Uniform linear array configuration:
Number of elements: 12
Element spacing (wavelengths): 0.75
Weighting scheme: uniform
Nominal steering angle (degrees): -45
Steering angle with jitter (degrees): -44.53
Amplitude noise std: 0.05
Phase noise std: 0.05

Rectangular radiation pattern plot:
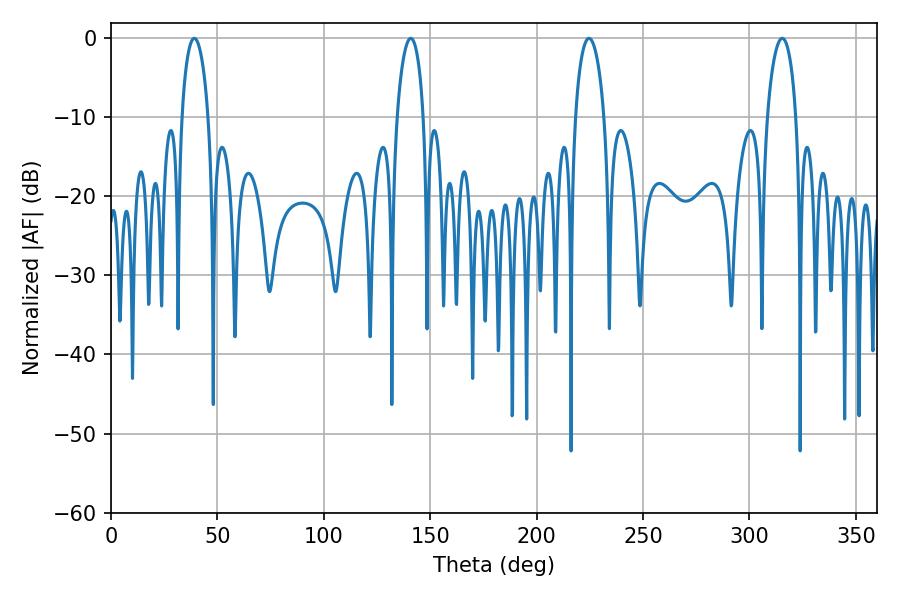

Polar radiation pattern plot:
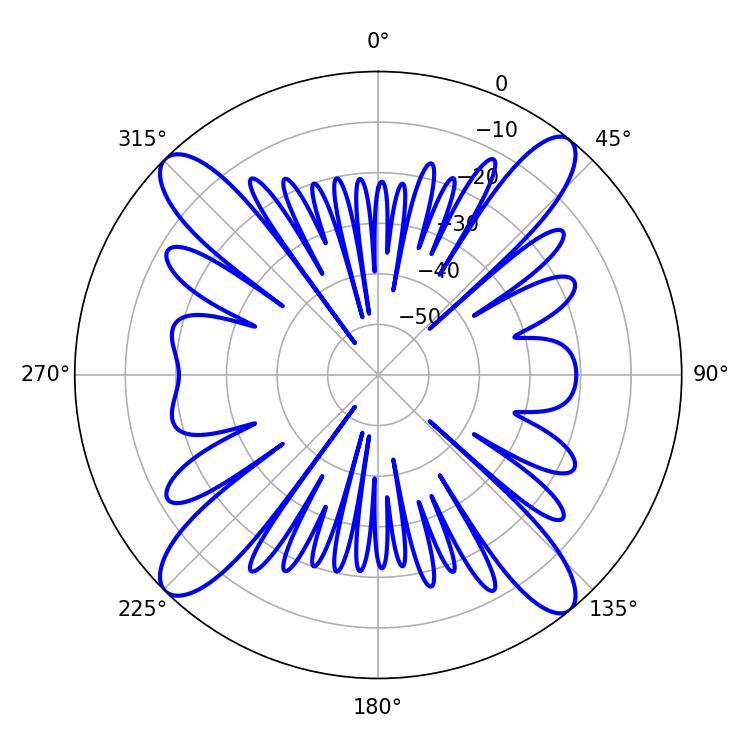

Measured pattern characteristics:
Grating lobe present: TRUE
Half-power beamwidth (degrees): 7.74
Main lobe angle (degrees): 315.36